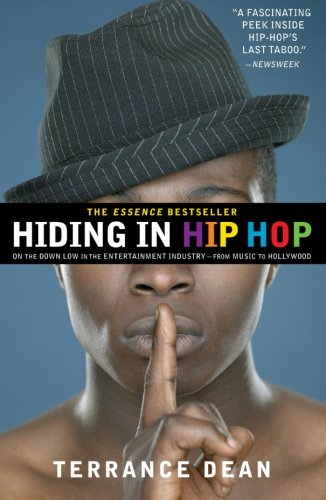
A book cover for Hiding in Hip Hop: On the Down Low in the Entertainment Industry--from Music to Hollywood; Terrance Dean; Gay & Lesbian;